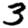
Digit: 3